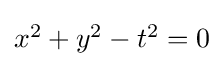
{\textstyle x^{2}+y^{2}-t^{2}=0}